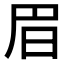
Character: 𣅩